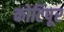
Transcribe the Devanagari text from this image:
कोटिपूर